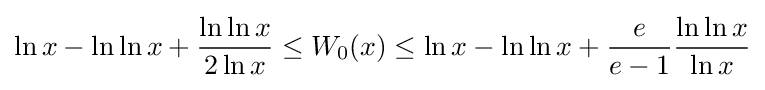
\ln x-\ln \ln x+{\frac {\ln \ln x}{2\ln x}}\leq W_{0}(x)\leq \ln x-\ln \ln x+{\frac {e}{e-1}}{\frac {\ln \ln x}{\ln x}}